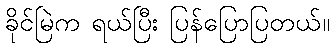
ခိုင်မြဲက ရယ်ပြီး ပြန်ပြောပြတယ်။